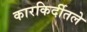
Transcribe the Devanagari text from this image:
कारकिर्दीतले